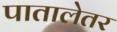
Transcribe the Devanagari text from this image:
पातालेतर